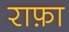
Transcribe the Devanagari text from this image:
राफ़ा